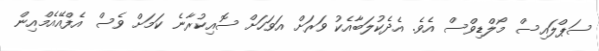
ސަޕްލައިސް މޯލްޑިވްސް އެވެ. އެދެކުލަބާއެކު ވަރަށް އަވަހަށް ސޮއިކުރާނެ ކަމަށް ވެސް އެފްއޭއެމްއިން